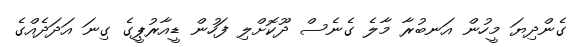
ގެންދިޔަ މީހުން އަނބުރާ މާލެ ގެނެސް ދޫކޮށްލި ފަހުން ޑީއާރުޕީގެ ގިނަ އަދަދެއްގެ